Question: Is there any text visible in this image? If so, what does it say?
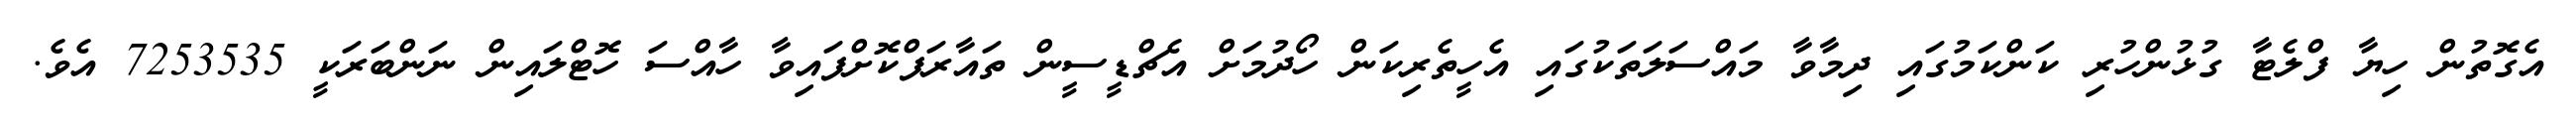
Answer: އެގޮތުން ހިޔާ ފްލެޓާ ގުޅުންހުރި ކަންކަމުގައި ދިމާވާ މައްސަލަތަކުގައި އެހީތެރިކަން ހޯދުމަށް އެޗްޑީސީން ތައާރަފްކޮށްފައިވާ ހާއްސަ ހޮޓްލައިން ނަންބަރަކީ 7253535 އެވެ.